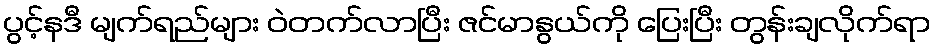
ပွင့်နဒီ မျက်ရည်များ ဝဲတက်လာပြီး ဇင်မာနွယ်ကို ပြေးပြီး တွန်းချလိုက်ရာ